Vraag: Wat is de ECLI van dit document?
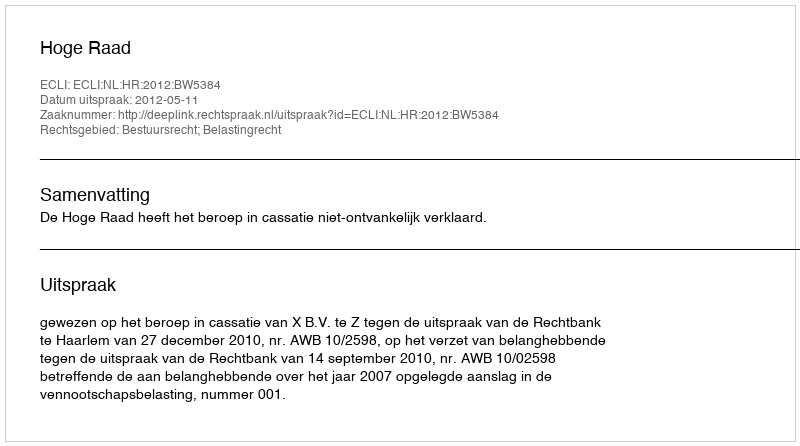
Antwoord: ECLI:NL:HR:2012:BW5384